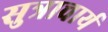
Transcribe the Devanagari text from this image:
सुत्राचार्य